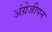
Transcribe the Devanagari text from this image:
अंग्रेजीपन